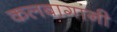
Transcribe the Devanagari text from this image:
कलबागांनी